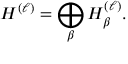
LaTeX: { \cal H } ^ { ( \ell ) } = \bigoplus _ { \beta } { \cal H } _ { \beta } ^ { ( \ell ) } .